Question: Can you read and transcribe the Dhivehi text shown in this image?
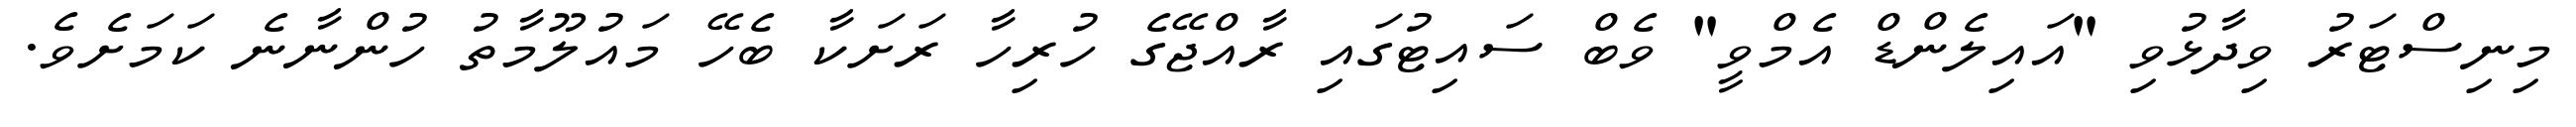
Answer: މިނިސްޓަރު ވިދާޅުވި "އައިލެންޑް އެމްވީ" ވެބް ސައިޓުގައި ރާއްޖޭގެ ހުރިހާ ރަށަކާ ބެހޭ މައުލޫމާތު ހުންނާނެ ކަމަށެވެ.